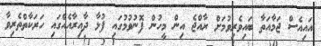
އައިއެސް ޖަމާއަތާ ބައިވެރިވުމަށް ރާއްޖެ އިން މީހުން ފޮނުވުމުގައި ފުޅާ ދާއިރާއެއްގައި ހަރަކާތްތެރިވާ